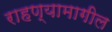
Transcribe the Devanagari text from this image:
राहण्यामागील